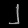
Digit: ၂